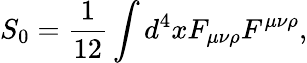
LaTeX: S_{0}={\frac{1}{12}}\int d^{4}xF_{\mu\nu\rho}F^{\mu\nu\rho},